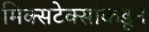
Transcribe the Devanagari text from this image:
मिक्सटेक्सांकडून